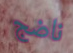
ناضج